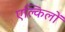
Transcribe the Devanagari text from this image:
एल्किलों